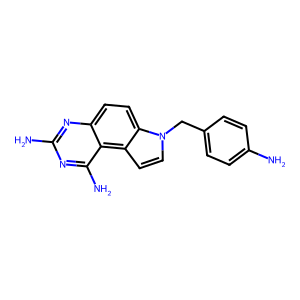
SMILES: Nc1ccc(Cn2ccc3c4c(N)nc(N)nc4ccc32)cc1
Inhibits HIV replication: No